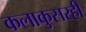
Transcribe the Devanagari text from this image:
कलाकुसरही